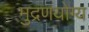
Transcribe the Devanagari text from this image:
मुद्रणयोग्य